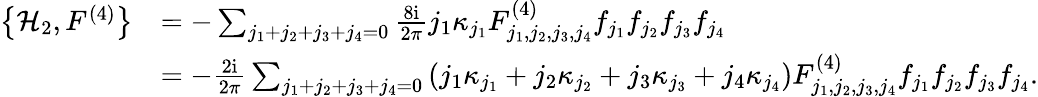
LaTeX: \begin{array}{rl}{\left\{ \mathcal{H}_{2},F^{(4)}\right\} }&{=-\sum_{j_{1}+j_{2}+j_{3}+j_{4}=0}\frac{8\mathrm{i}}{2\pi}j_{1}\kappa_{j_{1}}F_{j_{1},j_{2},j_{3},j_{4}}^{(4)}f_{j_{1}}f_{j_{2}}f_{j_{3}}f_{j_{4}}}\\ &{=-\frac{2\mathrm{i}}{2\pi}\sum_{j_{1}+j_{2}+j_{3}+j_{4}=0}\left(j_{1}\kappa_{j_{1}}+j_{2}\kappa_{j_{2}}+j_{3}\kappa_{j_{3}}+j_{4}\kappa_{j_{4}}\right)F_{j_{1},j_{2},j_{3},j_{4}}^{(4)}f_{j_{1}}f_{j_{2}}f_{j_{3}}f_{j_{4}}.}\end{array}